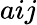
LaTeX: aij